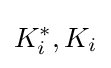
K_{i}^{*},K_{i}